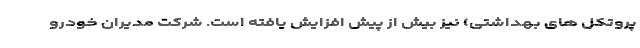
پروتکل های بهداشتی) نیز بیش از پیش افزایش یافته است. شرکت مدیران خودرو